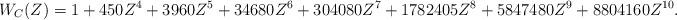
LaTeX: \begin{align*}W_C(Z) = 1 + 450 Z^4 + 3960 Z^5 + 34680 Z^6 + 304080Z^7 + 1782405Z^8 + 5847480Z^9 + 8804160 Z^{10}.\end{align*}